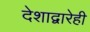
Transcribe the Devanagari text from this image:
देशाद्वारेही